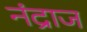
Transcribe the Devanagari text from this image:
नंद्राज